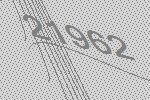
21962